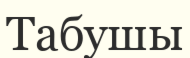
Табушы